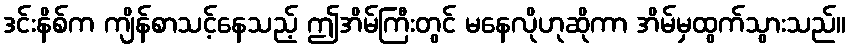
ဒင်းနိစ်က ကျိန်စာသင့်နေသည့် ဤအိမ်ကြီးတွင် မနေလိုဟုဆိုကာ အိမ်မှထွက်သွားသည်။